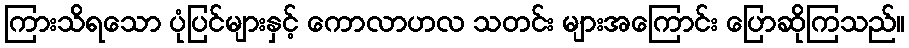
ကြားသိရသော ပုံပြင်များနှင့် ကောလာဟလ သတင်း များအကြောင်း ပြောဆိုကြသည်။